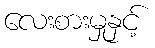
လေးစားမှုနှင့်